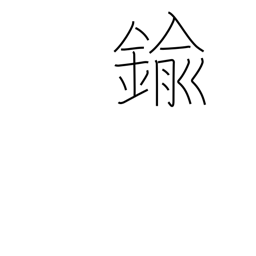
Meaning: brass